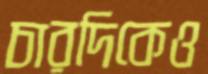
চারদিকেও